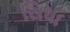
સિધા